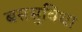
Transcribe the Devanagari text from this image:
बससुविधा